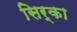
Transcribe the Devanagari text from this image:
सिर्का